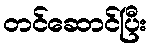
တင်ဆောင်ပြီး